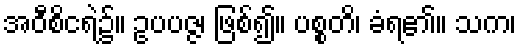
အဝီစိငရဲ၌။ ဥပပဇ္ဇ၊ ဖြစ်၍။ ပစ္စတိ၊ ခံရ၏။ သက၊